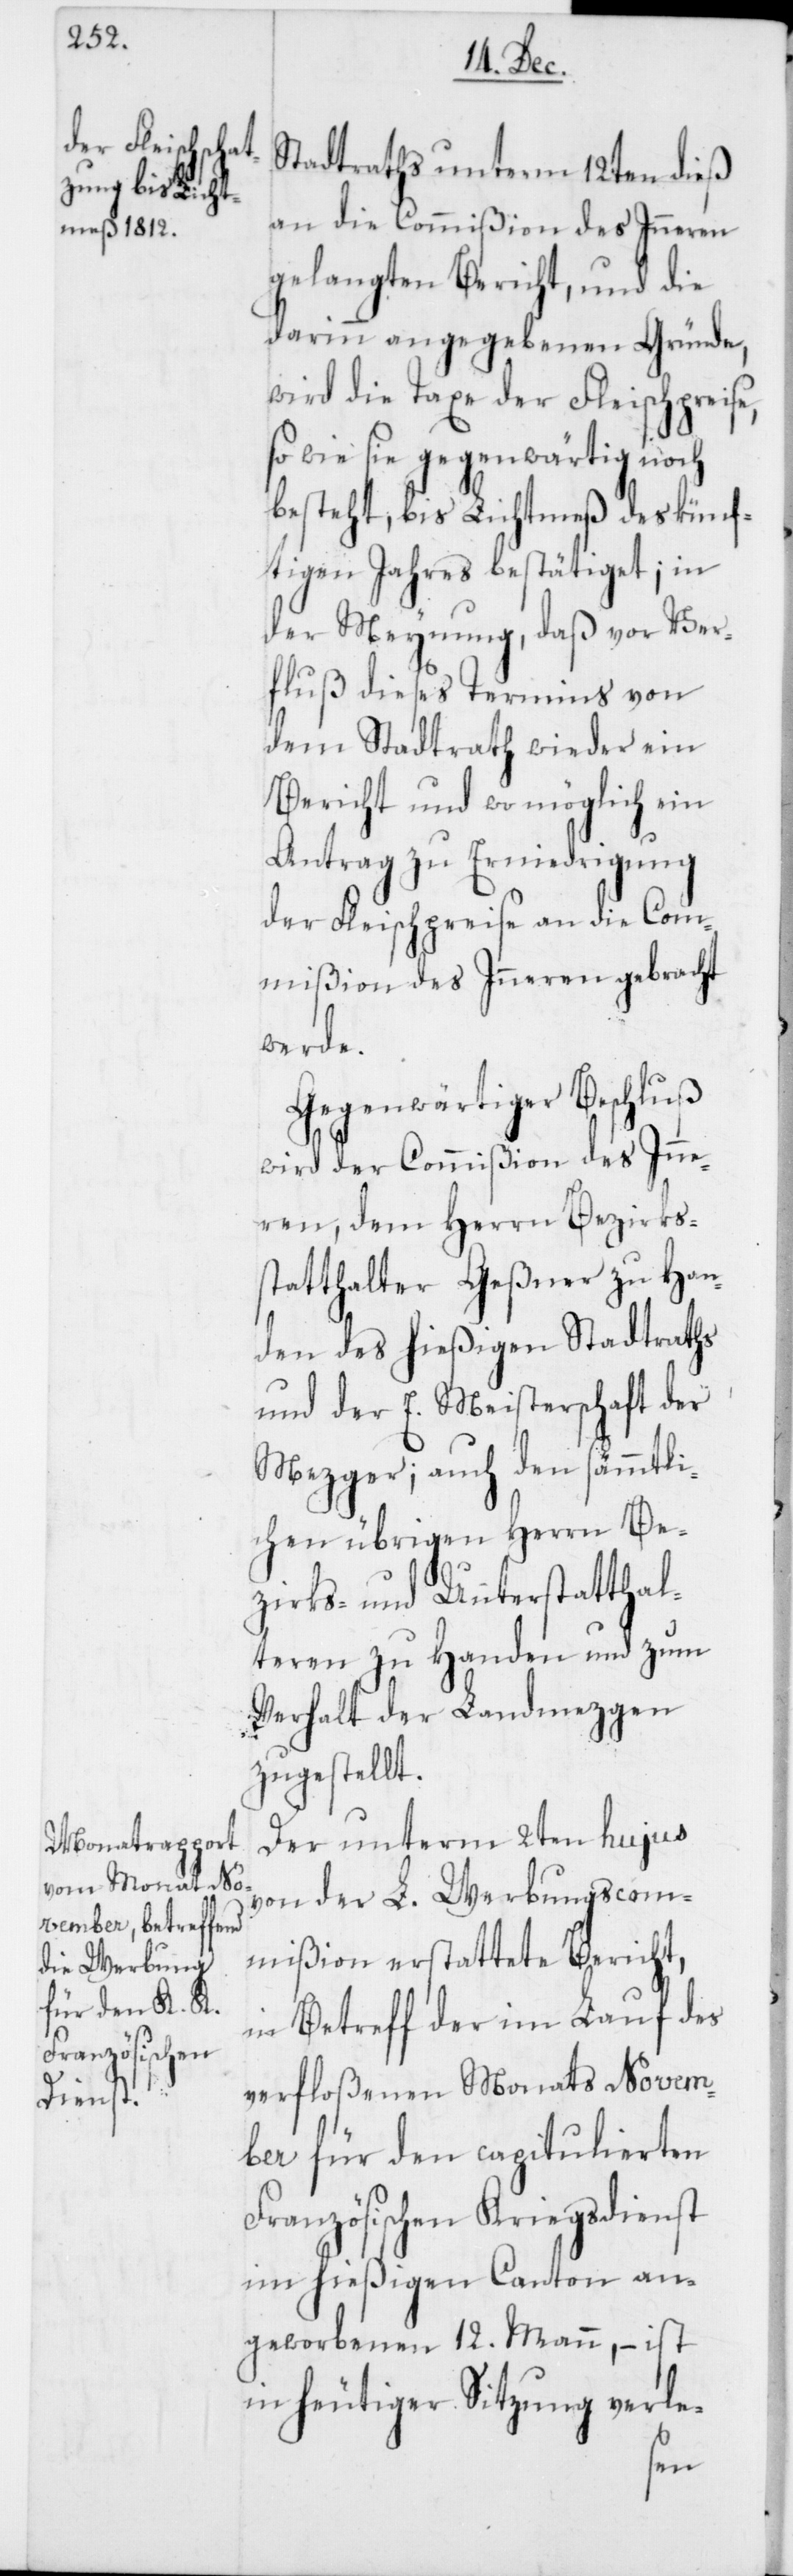
Stadtraths unterm 12ten dieß
an die Commißion des Inneren
gelangten Bericht, und die
darinn angegebenen Gründe,
wird die Taxe der Fleischpreise,
wie sie gegenwärtig noch
besteht, bis Lichtmeß des künf¬
tigen Jahres besthätiget; in
der Meynung, daß vor Ver¬
fluß dieses Termins von
dem Stadtrath wieder ein
Bericht, und wo möglich ein
Antrag zu Erniedrigung
der Fleischpreise an die Com¬
mißion des Inneren gebracht
werde.
Gegenwärtiger Beschluß
wird der Commißion des Inne¬
ren, dem Herrn Bezirks¬
statthalter Geßner zu Han¬
den des hießigen Stadtraths
und der E. Meisterschaft der
Mezger; auch den sämmtli¬
chen übrigen Herren Be¬
zirks- und Unterstatthal¬
teren zu Handen und zum
Verhalt der Landmezgen
zugestellt.
Der unterm 2ten hujus
von der L. Werbungscom¬
mißion erstattete Bericht,
in Betreff der im Lauf des
verfloßenen Monats Novem¬
ber für den capitulierten
Französischen Kriegsdienst
im hießigen Canton an¬
geworbenen 12. Mann, – ist
in heutiger Sitzung verle-